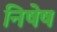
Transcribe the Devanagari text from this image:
निषेष